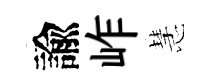
諭岞慧